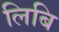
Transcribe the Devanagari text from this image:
लिबि